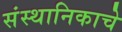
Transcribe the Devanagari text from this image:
संस्थानिकाचे